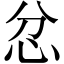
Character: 忿